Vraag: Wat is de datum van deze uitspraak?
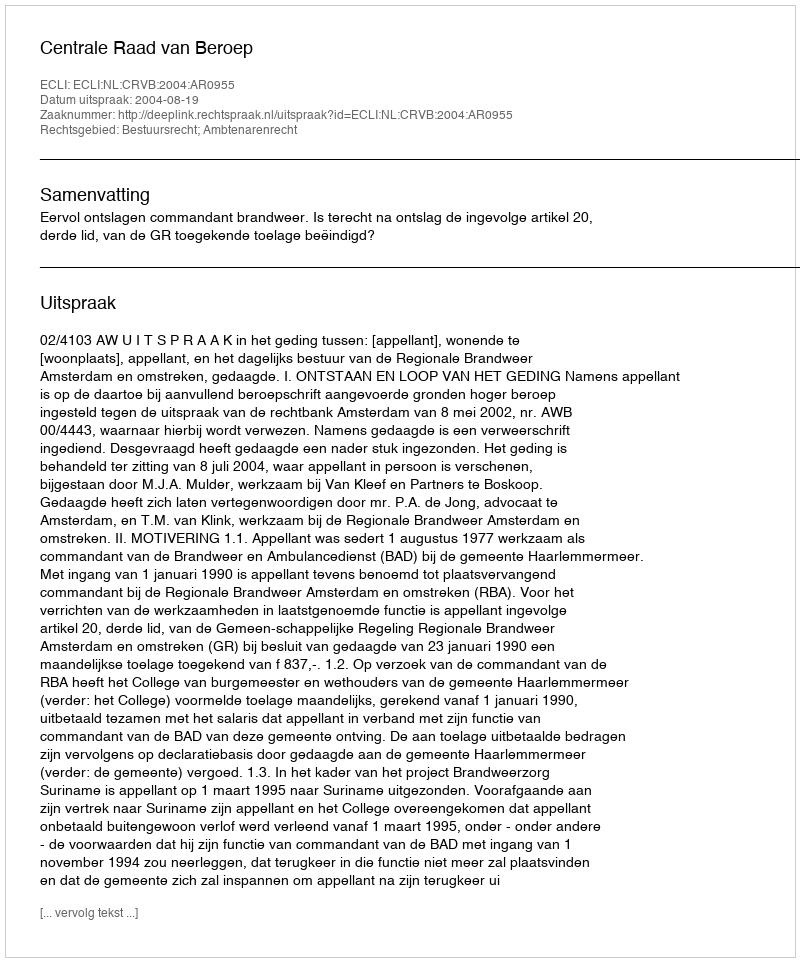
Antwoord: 2004-08-19